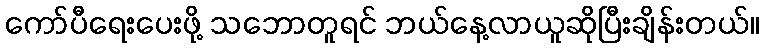
ကော်ပီရေးပေးဖို့ သဘောတူရင် ဘယ်နေ့လာယူဆိုပြီးချိန်းတယ်။